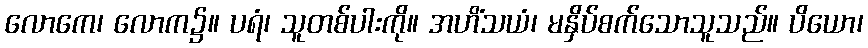
လောကေ၊ လောက၌။ ပရံ၊ သူတစ်ပါးကို။ အဟိံသယံ၊ မနှိပ်စက်သောသူသည်။ ပိယော၊